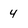
Character: 4